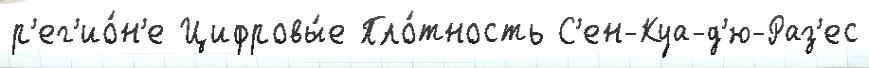
р'ег'ио́н'е Цифровы́е Пло́тность С'ен-Куа-д'ю-Раз'ес